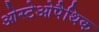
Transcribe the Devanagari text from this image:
ओस्टेओपैथिक